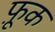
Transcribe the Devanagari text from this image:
फ़ूक